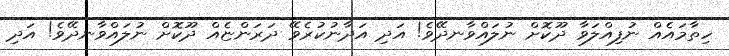
ހިތާމައެއް ނުފިއްލަވާ ދޫކޮށް ނުލައްވާނދޭވެ! އަދި އަދާނުކުރެވޭ ދަރަންޏެއް ދޫކޮށް ނުލައްވާނދޭވެ! އަދި